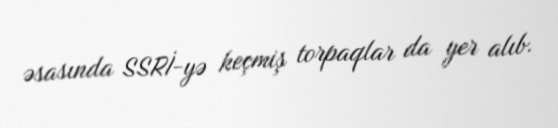
əsasında SSRİ-yə keçmiş torpaqlar da yer alıb.